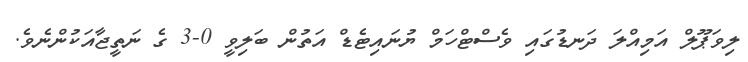
ލިވަޕޫލް އަމިއްލަ ދަނޑުގައި ވެސްޓްހަމް ޔުނައިޓެޑް އަތުން ބަލިވީ 0-3 ގެ ނަތީޖާއަކުންނެވެ.